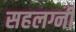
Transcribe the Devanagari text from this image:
सहलग्नी